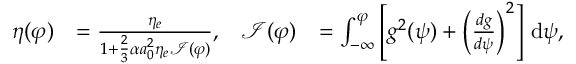
\begin{array} { r l r l } { \eta ( \varphi ) } & { = \frac { \eta _ { e } } { 1 + \frac { 2 } { 3 } \alpha a _ { 0 } ^ { 2 } \eta _ { e } \mathcal { I } ( \varphi ) } , } & { \mathcal { I } ( \varphi ) } & { = \int _ { - \infty } ^ { \varphi } \left[ g ^ { 2 } ( \psi ) + \left( \frac { d g } { d \psi } \right) ^ { 2 } \right] \, \mathrm { d } \psi , } \end{array}